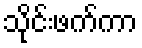
သိုင်းဖက်ကာ